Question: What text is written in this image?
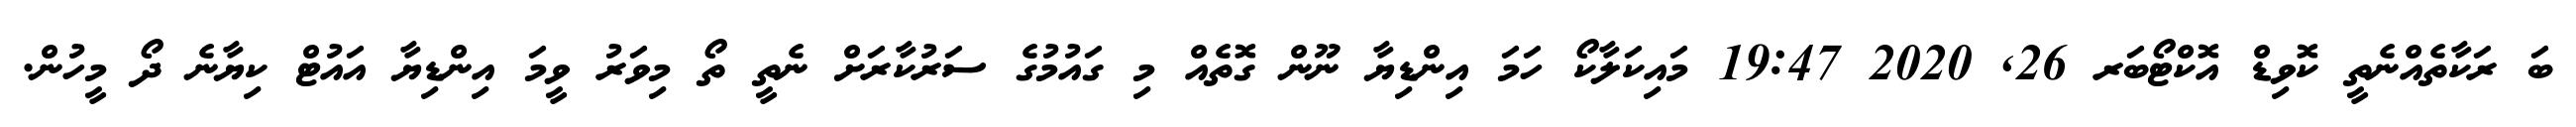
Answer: ބަ ރަކާތެއްނެތީ ކޮވިޑް އޮކްޓޯބަރ 26, 2020 19:47 މައިކަލާކޯ ހަމަ އިންޑިޔާ ނޫން ގޮތެއް މި ގައުމުގެ ސަރުކާރަށް ނެތީ ތޯ މިވަރު ވީމަ އިންޑިޔާ އައުޓް ކިޔާނެ ދޯ މީހުން.